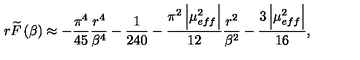
r \widetilde { F } \left( \beta \right) \approx - \frac { \pi ^ { 4 } } { 4 5 } \frac { r ^ { 4 } } { \beta ^ { 4 } } - \frac { 1 } { 2 4 0 } - \frac { \pi ^ { 2 } \left| \mu _ { e f f } ^ { 2 } \right| } { 1 2 } \frac { r ^ { 2 } } { \beta ^ { 2 } } - \frac { 3 \left| \mu _ { e f f } ^ { 2 } \right| } { 1 6 } ,